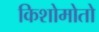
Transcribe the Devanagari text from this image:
किशोमोतो